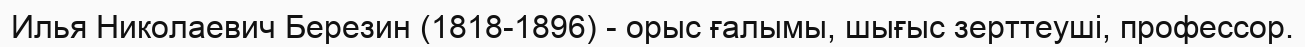
Илья Николаевич Березин (1818-1896) - орыс ғалымы, шығыс зерттеуші, профессор.